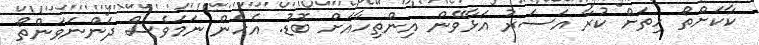
ކާކަށްތޯ ހިތަށް ކުރާ އަސަރު އަޅާވޭން އިންތިހާއަށް ބޮޑު. އެހެން ނަމަވެސް ދަންނަވަންތޯ